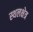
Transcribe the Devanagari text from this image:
स्थलक्षेत्र